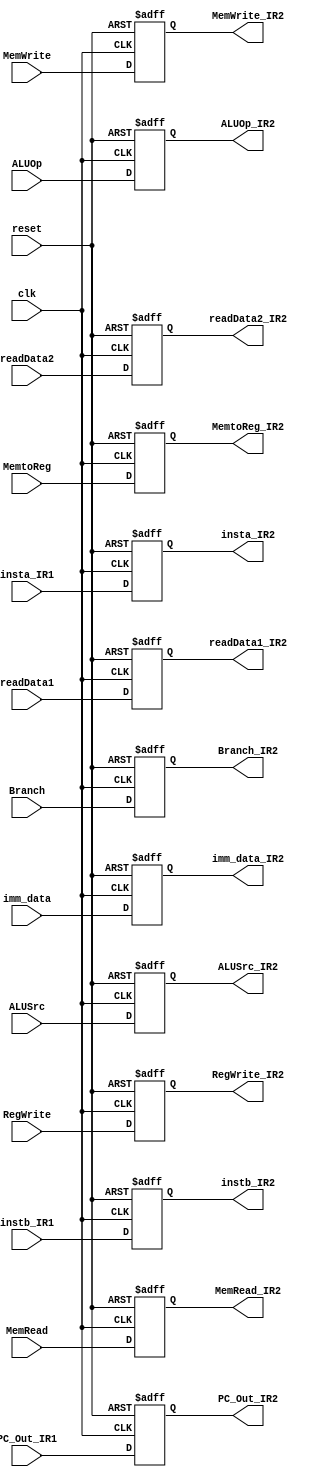
module IR2(
	input clk, reset, RegWrite, Branch, MemRead, MemtoReg, MemWrite, ALUSrc,
	input [1:0] ALUOp,
	input [63:0] PC_Out_IR1, 
	input [63:0] readData1, readData2,
	input [63:0] imm_data,
	input [3:0] insta_IR1,
	input [4:0] instb_IR1,
	output reg RegWrite_IR2, Branch_IR2, MemRead_IR2, MemtoReg_IR2, MemWrite_IR2, ALUSrc_IR2,
	output reg [1:0] ALUOp_IR2,
	output reg [63:0] PC_Out_IR2,
	output reg [63:0] readData1_IR2, readData2_IR2,
	output reg [63:0] imm_data_IR2,
	output reg [3:0] insta_IR2, 
	output reg [4:0] instb_IR2
);

always @ (posedge clk or posedge reset)
begin
	if (reset)
	begin
		RegWrite_IR2 <= 1'd0;
		Branch_IR2 <= 1'd0;
		MemRead_IR2 <= 1'd0;
		MemtoReg_IR2 <= 1'd0;
		MemWrite_IR2 <= 1'd0;
		ALUSrc_IR2 <= 1'd0;
		ALUOp_IR2 <= 2'd0;
		PC_Out_IR2 <= 64'd0;
		readData1_IR2 <= 64'd0;
		readData2_IR2 <= 64'd0;
		imm_data_IR2 <= 64'd0;
		insta_IR2 <= 4'd0;
		instb_IR2 <= 5'd0;
	end
	else
	begin
		RegWrite_IR2 <= RegWrite;
		Branch_IR2 <= Branch;
		MemRead_IR2 <= MemRead;
		MemtoReg_IR2 <= MemtoReg;
		MemWrite_IR2 <= MemWrite;
		ALUSrc_IR2 <= ALUSrc;
		ALUOp_IR2 <= ALUOp;
		PC_Out_IR2 <= PC_Out_IR1;
		readData1_IR2 <= readData1;
		readData2_IR2 <= readData2;
		imm_data_IR2 <= imm_data;
		insta_IR2 <= insta_IR1;
		instb_IR2 <= instb_IR1;
	end
end

endmodule